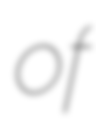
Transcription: of